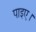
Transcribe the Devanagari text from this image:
पाइए।